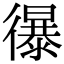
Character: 𢖔